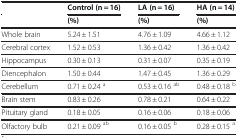
|  | Control (n = 16) | LA (n = 16) | HA (n = 14) |
 |  | (%) | (%) | (%) |
 | --- | --- | --- | --- |
 | Whole brain | 5.24 ± 1.51 | 4.76 ± 1.09 | 4.66 ± 1.12 |
 | Cerebral cortex | 1.52 ± 0.53 | 1.36 ± 0.42 | 1.36 ± 0.42 |
 | Hippocampus | 0.30 ± 0.13 | 0.31 ± 0.07 | 0.35 ± 0.19 |
 | Diencephalon | 1.50 ± 0.44 | 1.47 ± 0.45 | 1.36 ± 0.29 |
 | Cerebellum | 0.71 ± 0.24 a | 0.53 ± 0.16 ab | 0.48 ± 0.18 b |
 | Brain stem | 0.83 ± 0.26 | 0.78 ± 0.21 | 0.64 ± 0.22 |
 | Pituitary gland | 0.18 ± 0.05 | 0.16 ± 0.06 | 0.18 ± 0.06 |
 | Olfactory bulb | 0.21 ± 0.09 ab | 0.16 ± 0.05 b | 0.28 ± 0.15 a |